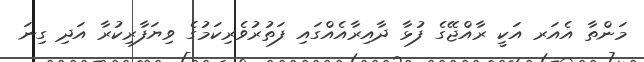
މަންތާ އެއަރ އަކީ ރާއްޖޭގެ ފުޅާ ދާއިރާއެއްގައި ފަތުރުވެރިކަމުގެ ވިޔަފާރިކުރާ އަދި ގިނަ